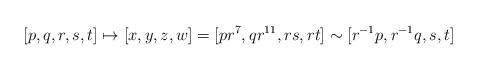
LaTeX: \begin{align*} [p,q,r,s,t] \mapsto [x,y,z,w] = [pr^7,q r^{11},rs,rt] \sim [r^{-1} p, r^{-1} q, s, t]\end{align*}